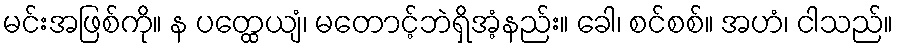
မင်းအဖြစ်ကို။ န ပတ္ထေယျံ၊ မတောင့်ဘဲရှိအံ့နည်း။ ခေါ၊ စင်စစ်။ အဟံ၊ ငါသည်။